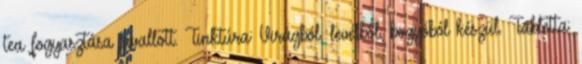
tea fogyasztása javallott. Tinktúra: Virágból, levélből, bogyóból készül. Tabletta: